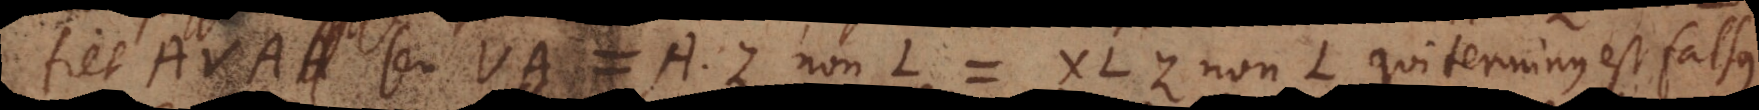
fiet AVA seu VA = AZ non‐L = XLZ non‐L, qui terminus est falsus